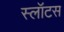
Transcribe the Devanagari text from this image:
स्लॉटस